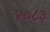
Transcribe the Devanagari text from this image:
४०८३